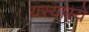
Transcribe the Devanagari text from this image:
यस्यास्ये